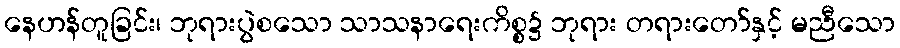
နေဟန်တူခြင်း၊ ဘုရားပွဲစသော သာသနာရေးကိစ္စ၌ ဘုရား တရားတော်နှင့် မညီသော